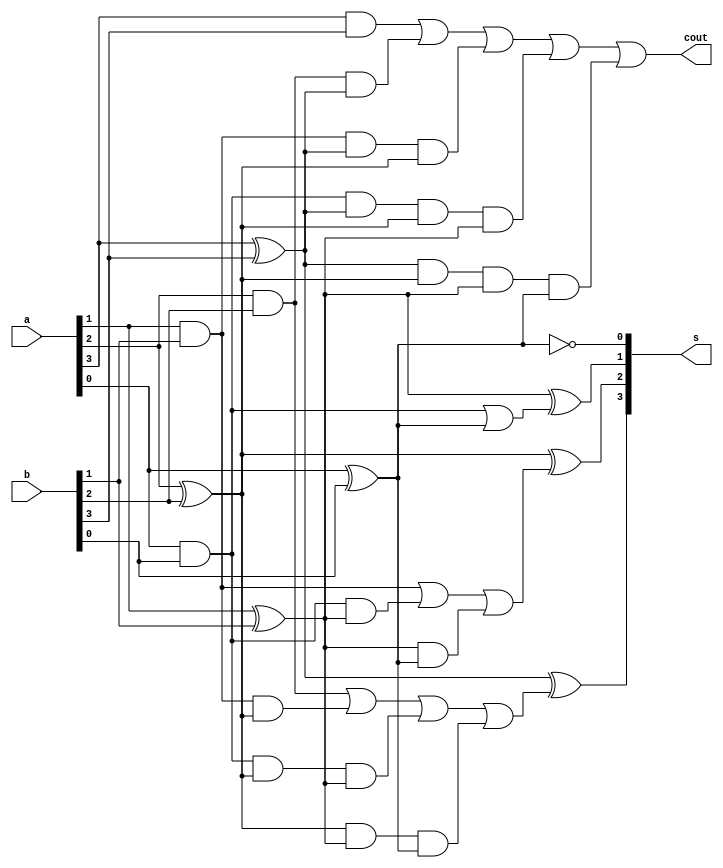
module cla_4bit_1 (
	input [3:0]a,b,
	output [3:0]s,
	output cout
	);

wire G0,G1,G2,G3;
//Carry Generation
assign G0 = a[0] & b[0];
assign G1 = a[1] & b[1];
assign G2 = a[2] & b[2];
assign G3 = a[3] & b[3];

wire P0,P1,P2,P3;
//Carry Propagation
assign P0 = a[0] ^ b[0];
assign P1 = a[1] ^ b[1];
assign P2 = a[2] ^ b[2];
assign P3 = a[3] ^ b[3];

wire C0,C1,C2;
//Carry Assignment
assign C0 = G0 | P0;
assign C1 = G1 | (G0 & P1) | (P1 & P0);
assign C2 = G2 | (G1 & P2) | (G0 & P2 & P1) | (P2 & P1 & P0);
assign cout = G3 | (G2 & P3) | (G1 & P3 & P2) | (G0 & P3 & P2 & P1) | (P3 & P2 & P1 & P0);

//Sum Assignment
assign s[0] = ~P0;
assign s[1] = P1 ^ C0;
assign s[2] = P2 ^ C1;
assign s[3] = P3 ^ C2;

endmodule